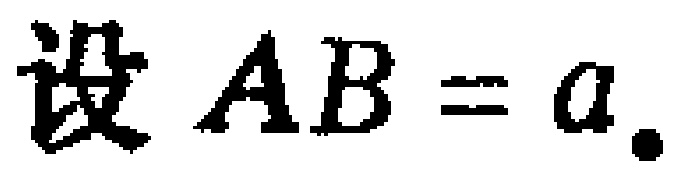
设 \(AB = a\).